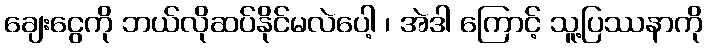
ချေးငွေကို ဘယ်လိုဆပ်နိုင်မလဲပေါ့ ၊ အဲဒါ ကြောင့် သူ့ပြဿနာကို